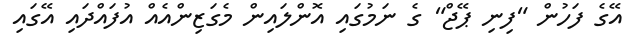
އޭގެ ފަހުން "ފިނި ޕޭޖް" ގެ ނަމުގައި އޮންލައިން މެގަޒިންއެއް އުފައްދައި އޭގައި